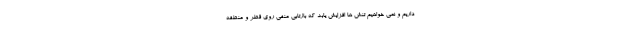
داریم و نمی خواهیم تنش ها افزایش یابد که بازتابی منفی روی قطر و منطقه